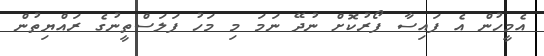
އެމީހުން އެ ފައިސާ ފޯރުކޮށް ނުދޭ ނަމަ މި މަހު ފަލަސްތީނުގެ ރައްޔިތުން